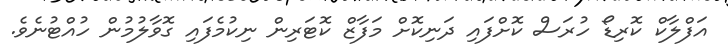
އަފްލާކް ކޮރިޑޯ ހުރަސް ކޮށްފައި ދަނިކޮށް މަފާޒް ކޮޓަރިން ނިކުމެފައި ގޮވާލުމުން ހުއްޓުނެވެ.